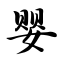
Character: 婴